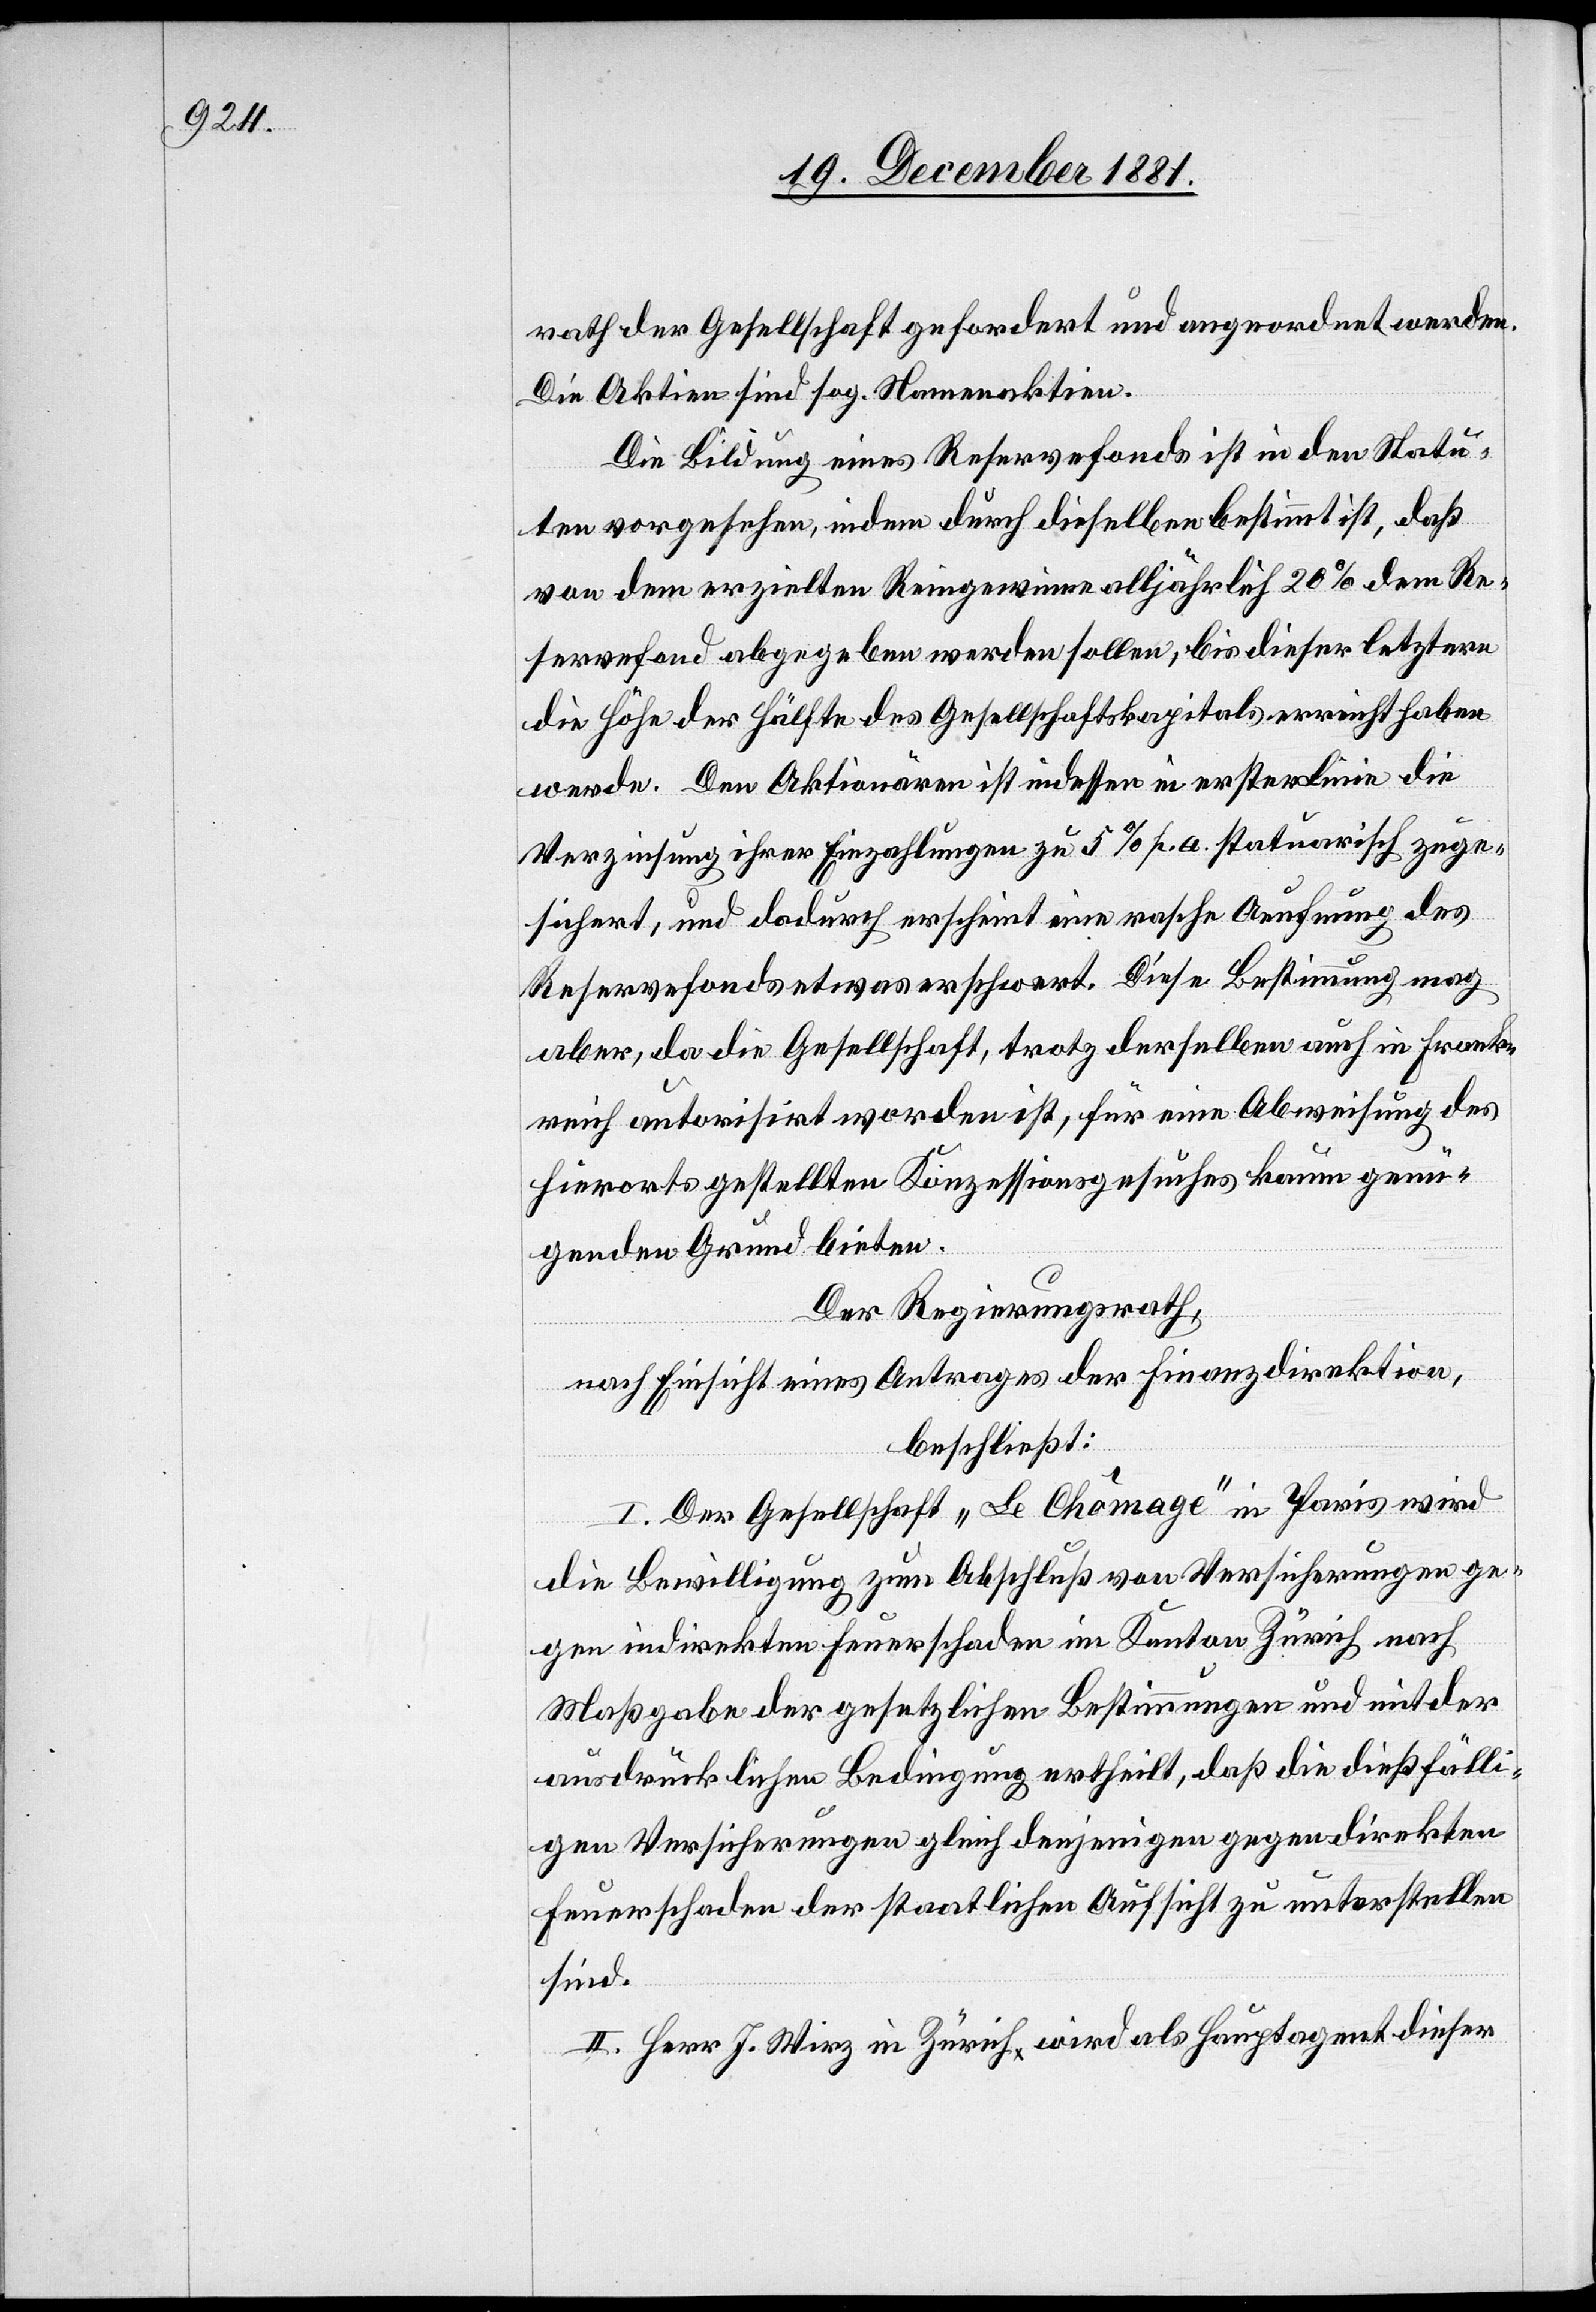
rath der Gesellschaft gefordert und angeordnet werden.
Die Aktien sind sog. Namensaktien.
Die Bildung eines Reservefonds ist in den Statu¬
ten vorgesehen, indem durch dieselben bestimmt ist, daß
von dem erzielten Reingewinn alljährlich 20% dem Re¬
servefond abgegeben werden sollen, bis dieser letztere
die Höhe der Hälfte des Gesellschaftskapitals erreicht haben
werde. Den Aktionären ist indessen in erster Linie die
Verzinsung ihrer Einzahlungen zu 5% p. a. statuarisch zuge¬
sichert, und dadurch erscheint eine rasche Aeufnung des
Reservefonds etwas erschwert. Diese Bestimmung mag
aber, da die Gesellschaft trotz derselben auch in Frank¬
reich autorisirt worden ist, für eine Abweisung des
hierorts gestellten Konzessionsgesuches kaum genü¬
genden Grund bieten.
Der Regierungsrath,
nach Einsicht eines Antrages der Finanzdirektion,
beschließt:
I. Der Gesellschaft „Le Chômage“ in Paris wird
die Bewilligung zum Abschluß von Versicherungen ge¬
gen indirekten Feuerschaden im Kanton Zürich nach
Maßgabe der gesetzlichen Bestimmungen und mit der
ausdrücklichen Bedingung ertheilt, daß die dießfälli¬
gen Versicherungen gleich denjenigen gegen direkten
Feuerschaden der staatlichen Aufsicht zu unterstellen
sind.
II. Herr J. Wirz in Zürich wird als Hauptagent dieser